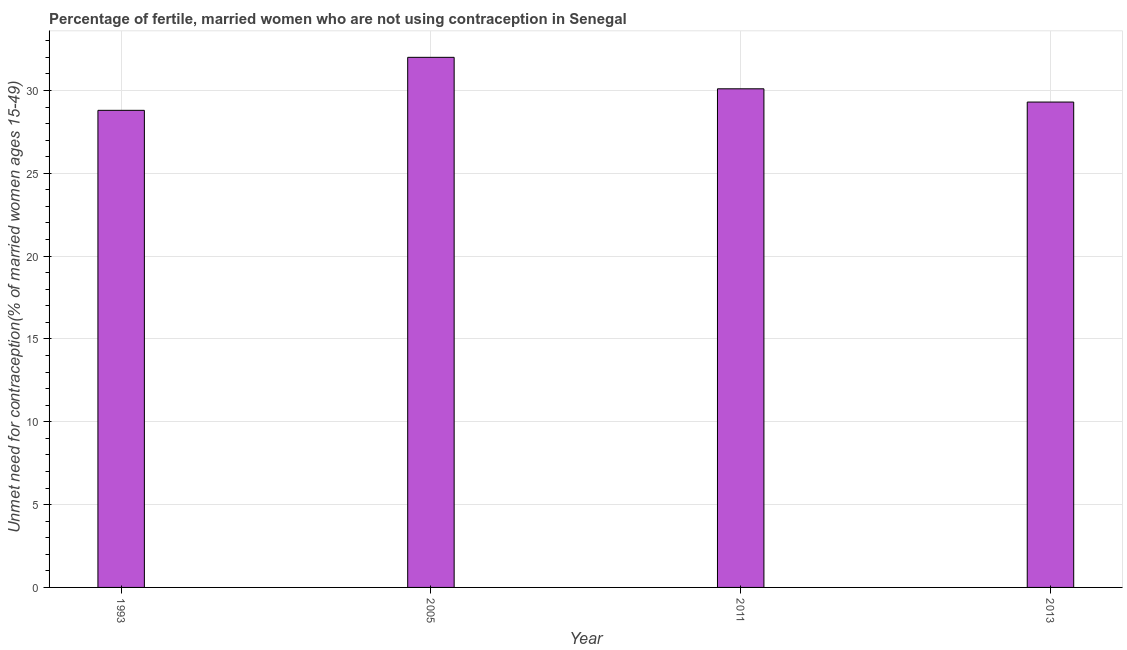
| Year | Unmet need for contraception |
 | --- | --- |
 | 1993 | 28.8 |
 | 2005 | 32 |
 | 2011 | 30.1 |
 | 2013 | 29.3 |